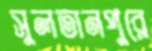
সুলতানপুরে